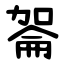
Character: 嗧